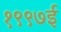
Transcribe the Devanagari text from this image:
१९९७ई